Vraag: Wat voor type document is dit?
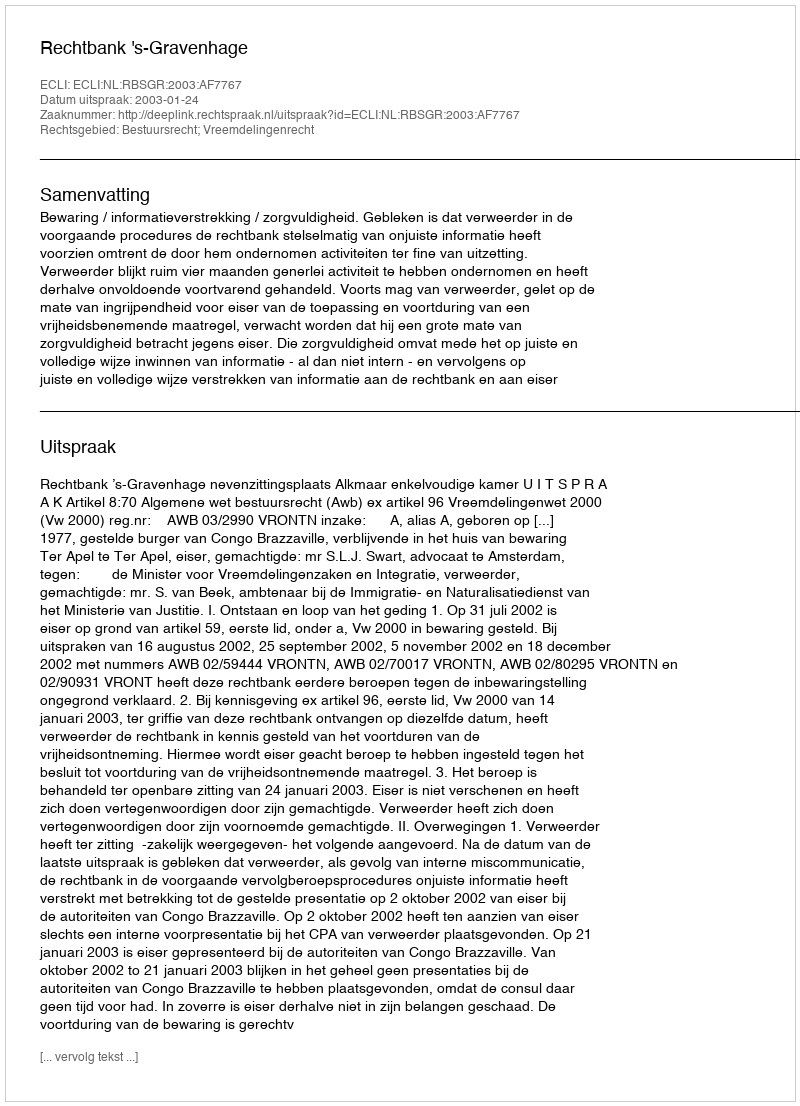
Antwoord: Uitspraak